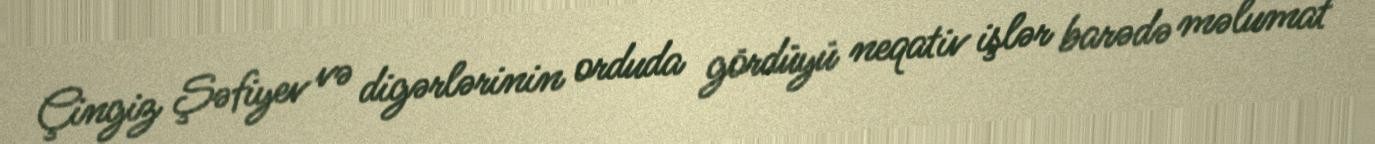
Çingiz Şəfiyev və digərlərinin orduda gördüyü neqativ işlər barədə məlumat